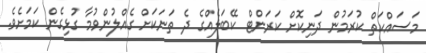
މަަސައްކަތް ކުރަމުން ދަނިކޮށް ކަރަންޓް ކޭބަލެއްގެ ދެ ތަނަކަށް ގެއްލުންވުމާ ގުޅިގެން ކަމަށެވެ.